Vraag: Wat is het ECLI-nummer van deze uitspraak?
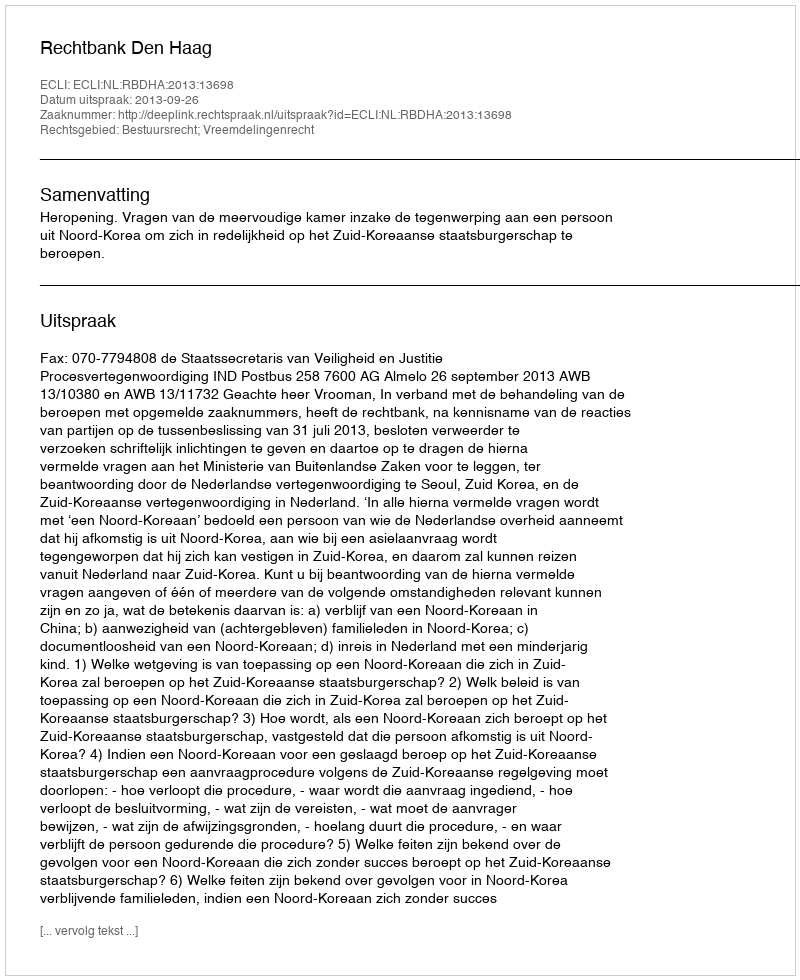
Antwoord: ECLI:NL:RBDHA:2013:13698